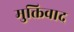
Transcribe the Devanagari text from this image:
मुक्तिवाद